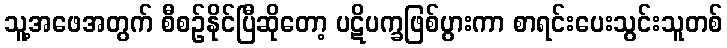
သူ့အဖေအတွက် စီစဉ်နိုင်ပြီဆိုတော့ ပဋိပက္ခဖြစ်ပွားကာ စာရင်းပေးသွင်းသူတစ်